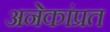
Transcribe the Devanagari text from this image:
अनेकांप्रत